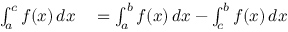
\begin{array} { r l } { \int _ { a } ^ { c } f ( x ) \, d x } & { { } { } = \int _ { a } ^ { b } f ( x ) \, d x - \int _ { c } ^ { b } f ( x ) \, d x } \end{array}